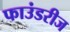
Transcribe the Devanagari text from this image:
फाउंडरीज